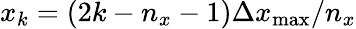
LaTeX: x_{k}=(2k-n_{x}-1)\Delta x_{\operatorname*{max}}/n_{x}